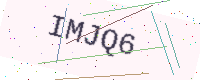
Text: IMJQ6